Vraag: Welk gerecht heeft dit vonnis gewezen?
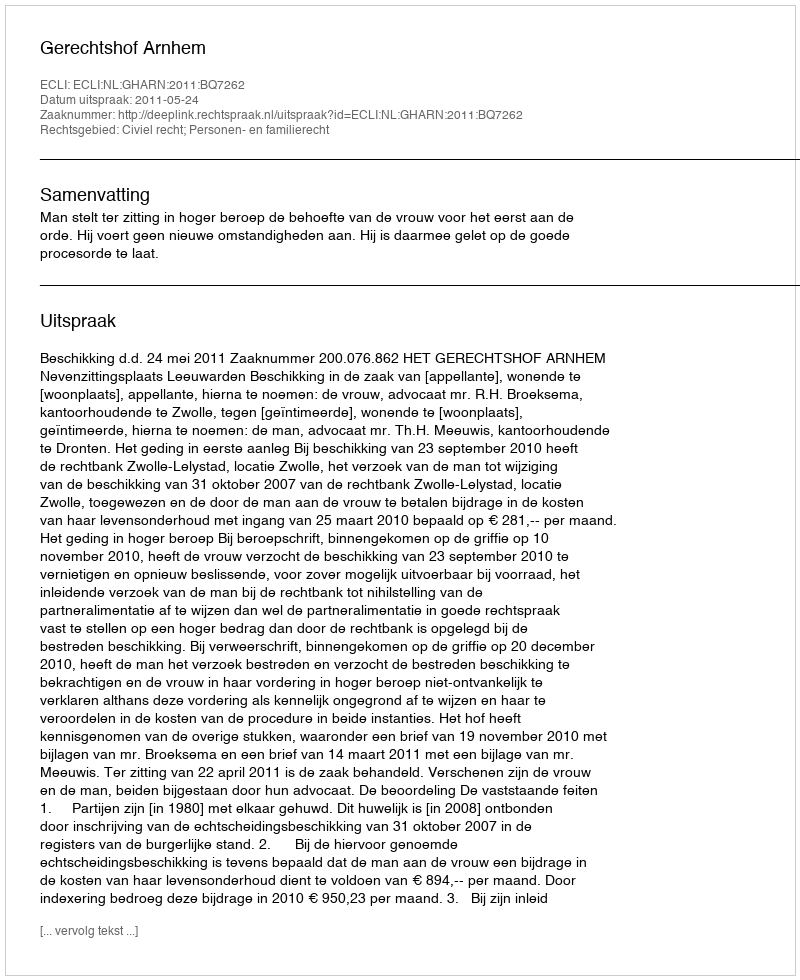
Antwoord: Gerechtshof Arnhem